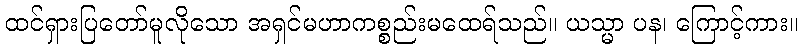
ထင်ရှားပြတော်မူလိုသော အရှင်မဟာကစ္စည်းမထေရ်သည်။ ယသ္မာ ပန၊ ကြောင့်ကား။